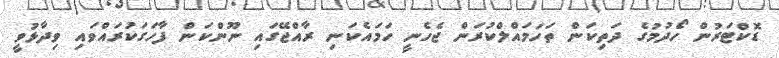
ޑޮކްޓަރުން ހޯދުމުގެ ދަތިކަން ތަހަމައްލްކުރަން ޖެހެނީ ހަމައެކަނި ރާއްޖޭގައި ނޫންކަން ފާހަގަކުރައްވައި ވިދާޅުވީ